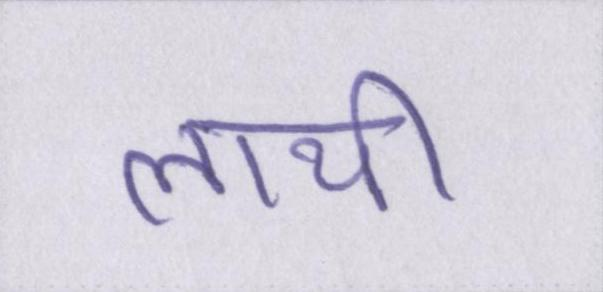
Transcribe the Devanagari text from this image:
लायी